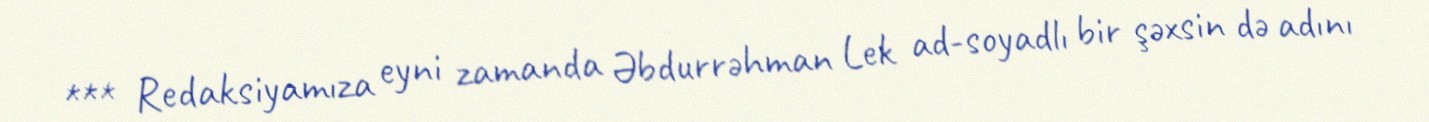
*** Redaksiyamıza eyni zamanda Əbdurrəhman Lek ad-soyadlı bir şəxsin də adını